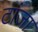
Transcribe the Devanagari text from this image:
टांजा